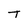
Character: T